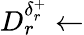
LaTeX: D_{r}^{\delta_{r}^{+}}\gets